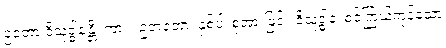
ဥဘော ဝိသုဒ္ဓါနန္တိ၊ ကား။ ဥဘတော၊ နှစ်ပါးစုံအားဖြင့်။ ဝိသုဒ္ဓါနံ၊ စင်ကြယ်ကုန်သော